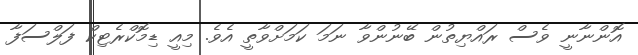
އޮންނާނީ ވެސް ރައްޔިތުން ބޭނުންވާ ނަމަ ކަމަށްވާތީ އެވެ. މިއީ ޑިމޮކްރެެޓިކް ފަލްސަފާ